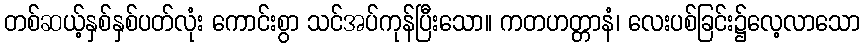
တစ်ဆယ့်နှစ်နှစ်ပတ်လုံး ကောင်းစွာ သင်အပ်ကုန်ပြီးသော။ ကတဟတ္တာနံ၊ လေးပစ်ခြင်း၌လေ့လာသော